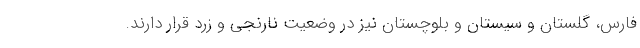
فارس، گلستان و سیستان و بلوچستان نیز در وضعیت نارنجی و زرد قرار دارند.